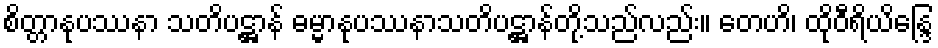
စိတ္တာနုပဿနာ သတိပဋ္ဌာန် ဓမ္မာနုပဿနာသတိပဋ္ဌာန်တို့သည်လည်း။ တေဟိ၊ ထိုဝီရိယိန္ဒြေ